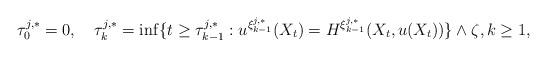
LaTeX: \begin{align*}\tau^{j,*}_{0}=0,\quad\tau_k^{j,*} =\inf\{t\ge\tau^{j,*}_{k-1}:u^{\xi^{j,*}_{k-1}}(X_t)=H^{\xi^{j,*}_{k-1}}(X_t,u(X_t))\}\wedge \zeta,k\ge1,\end{align*}